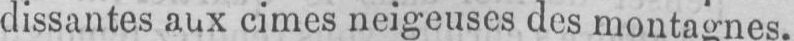
cimes neigeuses des montagnes.